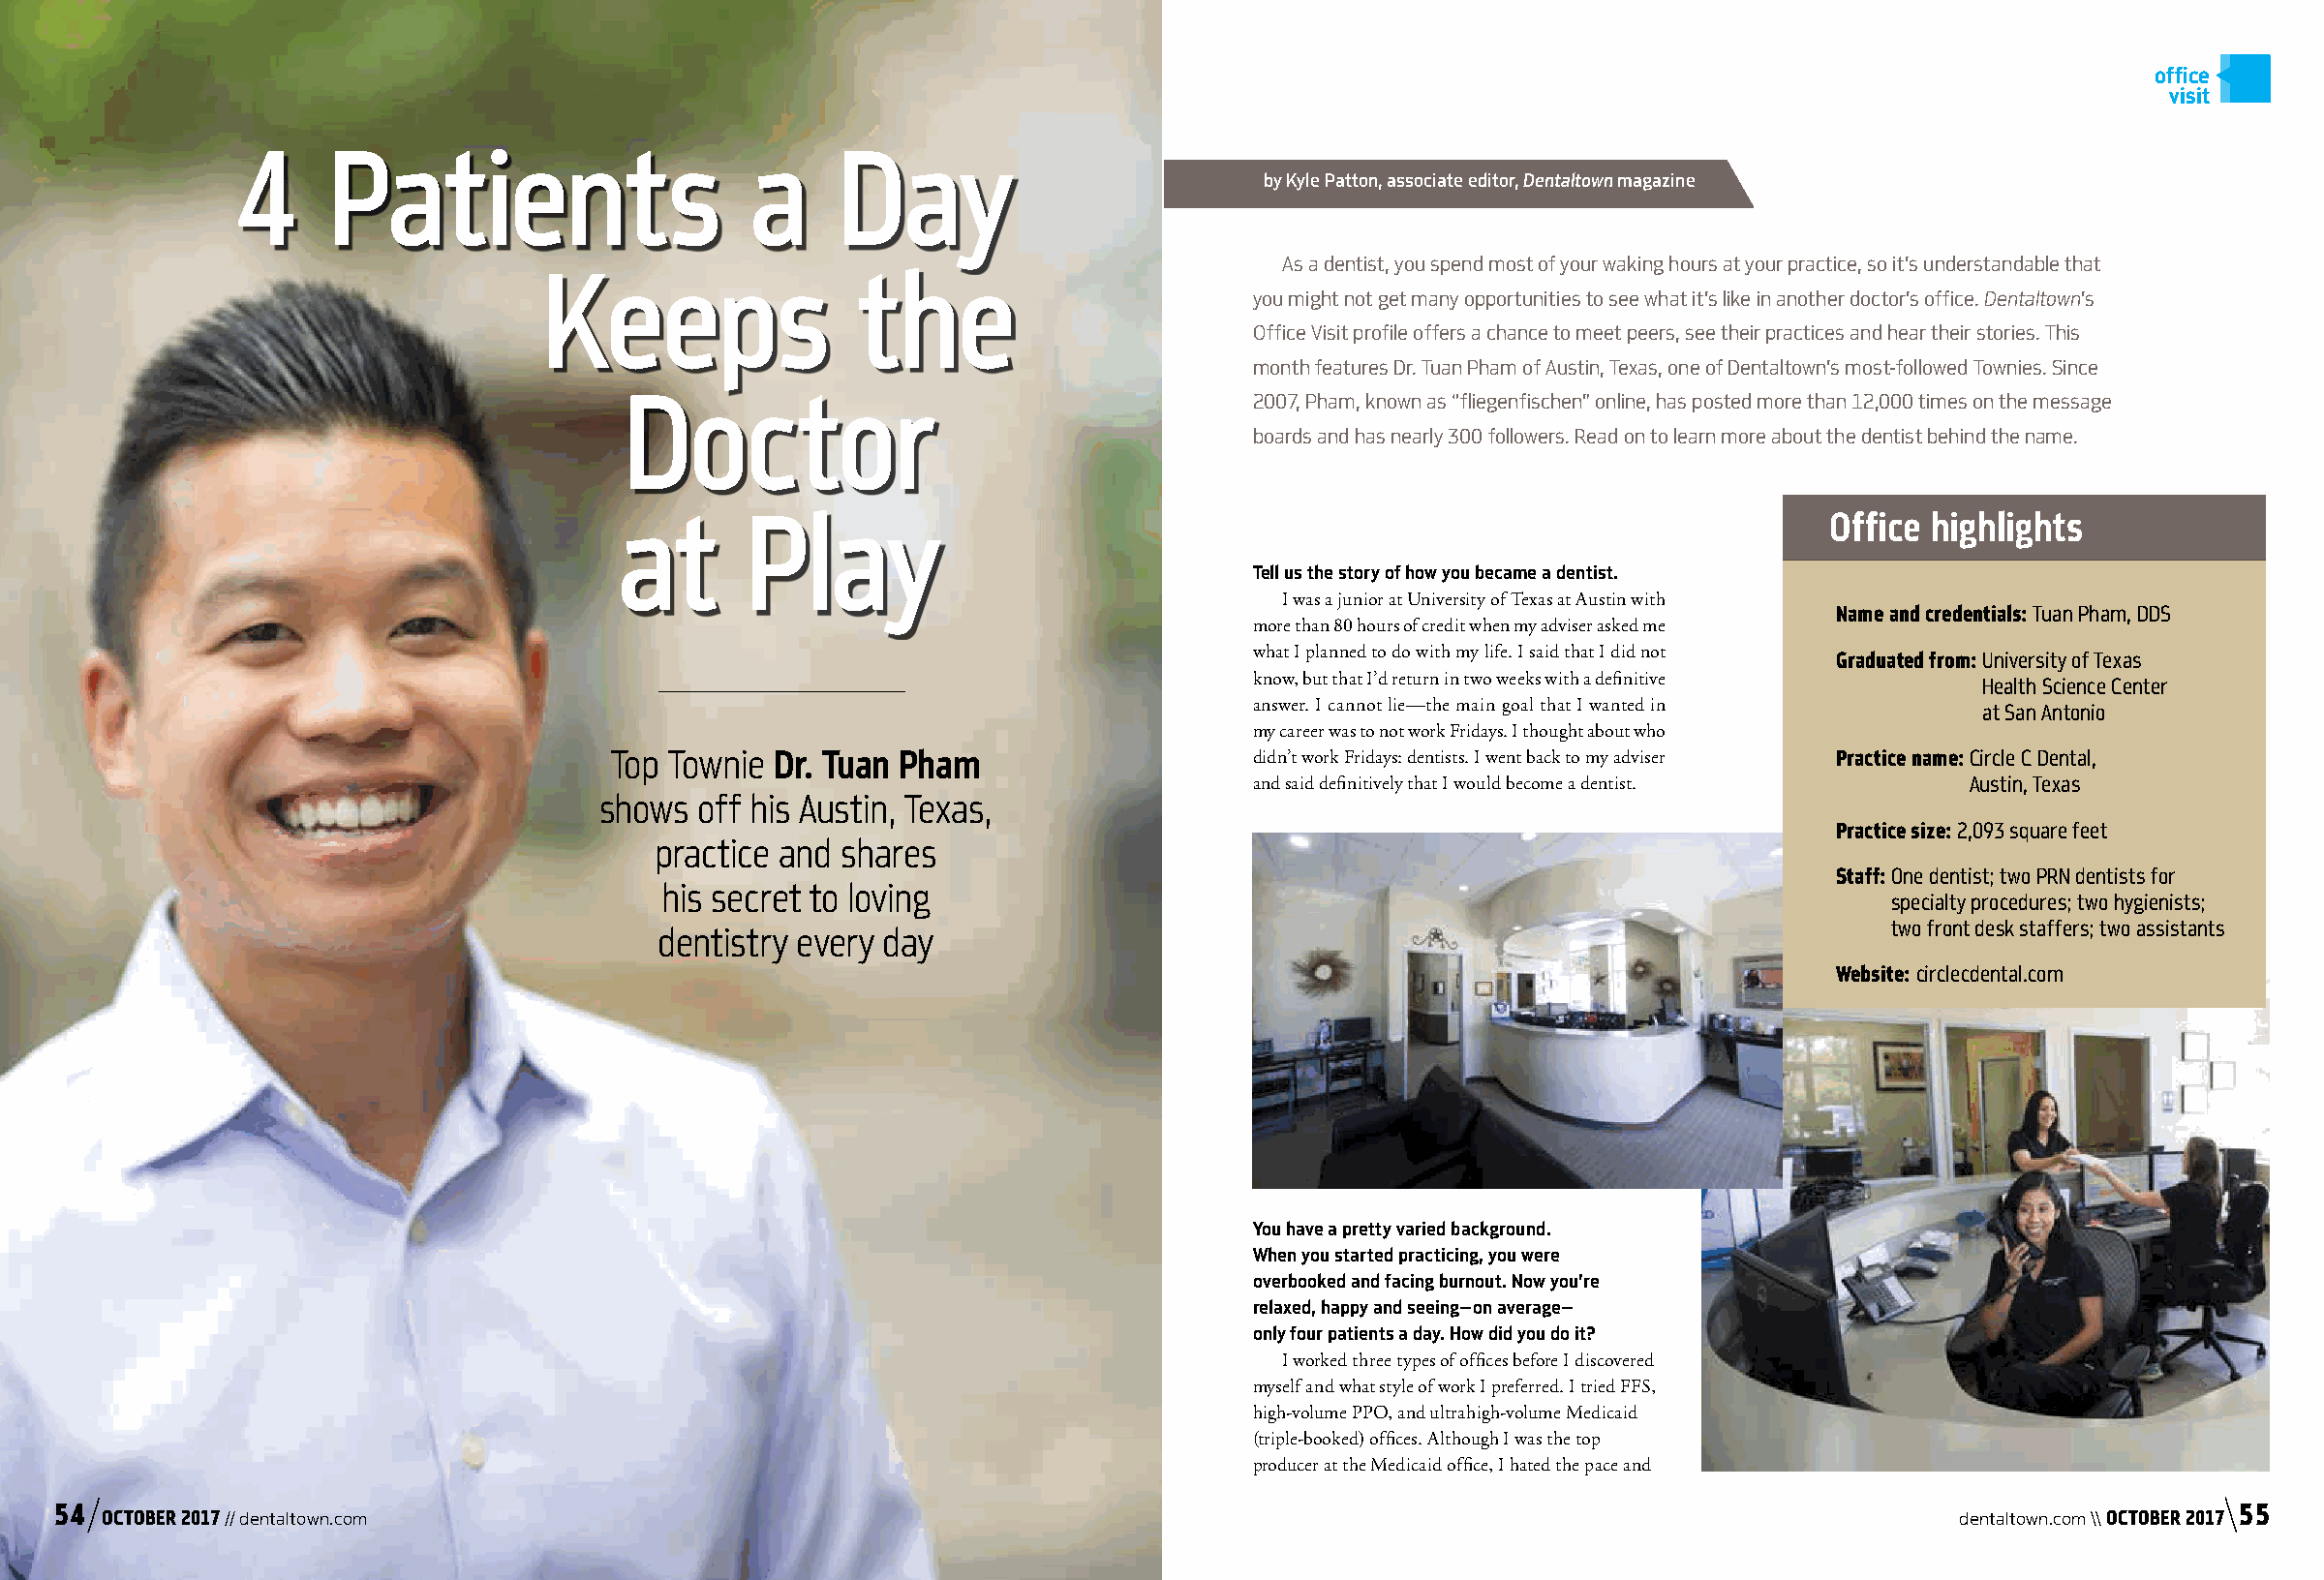
office
 visit
 4     Patients                     a     Day
 by Kyle Patton, associate editor, Dentaltown magazine
 Keeps                 the                          As a dentist, you spend most of your waking hours at your practice, so it’s understandable that
 you might not get many opportunities to see what it’s like in another doctor’s office. Dentaltown’s
 Office Visit profile offers a chance to meet peers, see their practices and hear their stories. This
 month features Dr. Tuan Pham of Austin, Texas, one of Dentaltown’s most-followed Townies. Since
 Doctor
 2007, Pham, known as “fliegenfischen” online, has posted more than 12,000 times on the message
 boards and has nearly 300 followers. Read on to learn more about the dentist behind the name.
 at       Play
 Office highlights
 Tell us the story of how you became a dentist.
 I was a junior at University of Texas at Austin with
 Name and credentials: Tuan Pham, DDS
 more than 80 hours of credit when my adviser asked me
 what I planned to do with my life. I said that I did not Graduated from: U niversity of Texas
 know, but that I’d return in two weeks with a definitive Health Science Center
 answer. I cannot lie—the main goal that I wanted in at San Antonio
 my career was to not work Fridays. I thought about who
 Top Townie Dr. Tuan Pham                    didn’t work Fridays: dentists. I went back to my adviser Practice name: C ircle C Dental,
 and said definitively that I would become a dentist. Austin, Texas
 shows  off his Austin, Texas,
 Practice size: 2,093 square feet
 practice and shares
 Staff: O ne dentist; two PRN dentists for
 his secret to loving
 specialty procedures; two hygienists;
 dentistry every day                                                                 two front desk staffers; two assistants
 Website: circlecdental.com
 You have a pretty varied background.
 When you started practicing, you were
 overbooked and facing burnout. Now you’re
 relaxed, happy and seeing—on average—
 only four patients a day. How did you do it?
 I worked three types of offices before I discovered
 myself and what style of work I preferred. I tried FFS,
 high-volume PPO, and ultrahigh-volume Medicaid
 (triple-booked) offices. Although I was the top
 producer at the Medicaid office, I hated the pace and
 54                                                                                                                                                   55
 OCTOBER 2017 // dentaltown.com                                                                                                 dentaltown.com \\ OCTOBER 2017